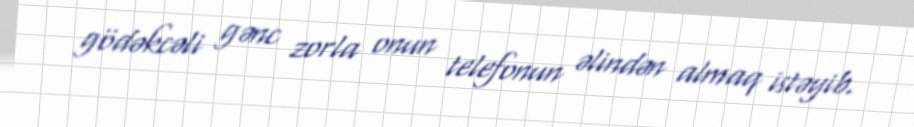
gödəkcəli gənc zorla onun telefonun əlindən almaq istəyib.